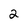
Character: 2